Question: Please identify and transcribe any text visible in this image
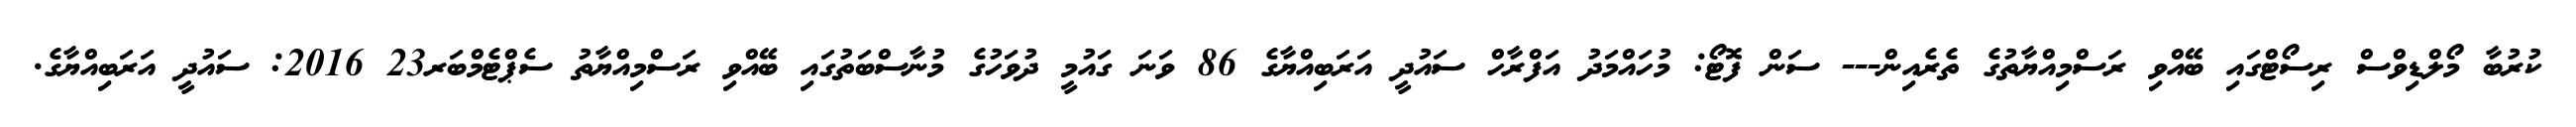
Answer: ކުރުބާ މޯލްޑިވްސް ރިސޯޓްގައި ބޭއްވި ރަސްމިއްޔާތުގެ ތެރެއިން--- ސަން ފޮޓޯ: މުހައްމަދު އަފްރާހް ސައުދީ އަރަބިއްޔާގެ 86 ވަނަ ގައުމީ ދުވަހުގެ މުނާސްބަތުގައި ބޭއްވި ރަސްމިއްޔާތު ސެޕްޓެމްބަރ23 2016: ސައުދީ އަރަބިއްޔާގެ.